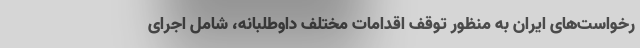
رخواست‌های ایران به منظور توقف اقدامات مختلف داوطلبانه، شامل اجرای